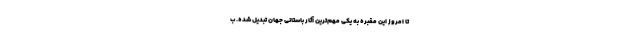
تا امروز این مقبره به یکی مهم‌ترین آثار باستانی جهان تبدیل شده. ب